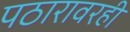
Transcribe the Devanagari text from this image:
पठारावरही